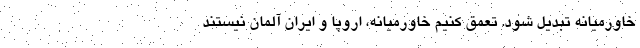
خاورمیانه تبدیل شود. تعمق کنیم خاورمیانه، اروپا و ایران آلمان نیستند